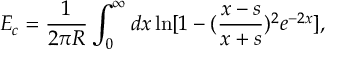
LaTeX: E _ { c } = \frac { 1 } { 2 \pi R } \int _ { 0 } ^ { \infty } d x \ln [ 1 - ( \frac { x - s } { x + s } ) ^ { 2 } e ^ { - 2 x } ] ,